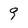
Character: 9